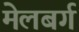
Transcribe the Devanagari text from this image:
मेलबर्ग